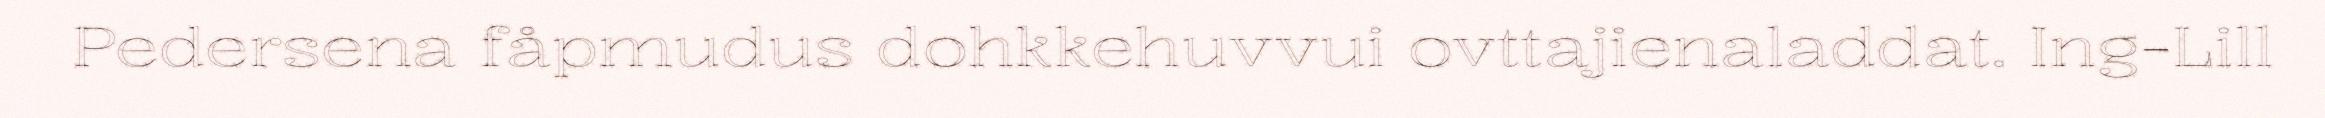
Pedersena fåpmudus dohkkehuvvui ovttajienaladdat. Ing-Lill